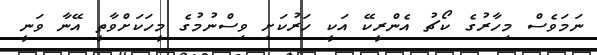
ނަމަވެސް މިހާރުގެ ކޯޗު އެންރީކޭ އަކީ ހަރުކަށި ވިސްނުމުގެ މީހަކަށްވާތީ އޭނާ ވަނީ